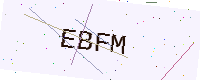
Text: EBFM